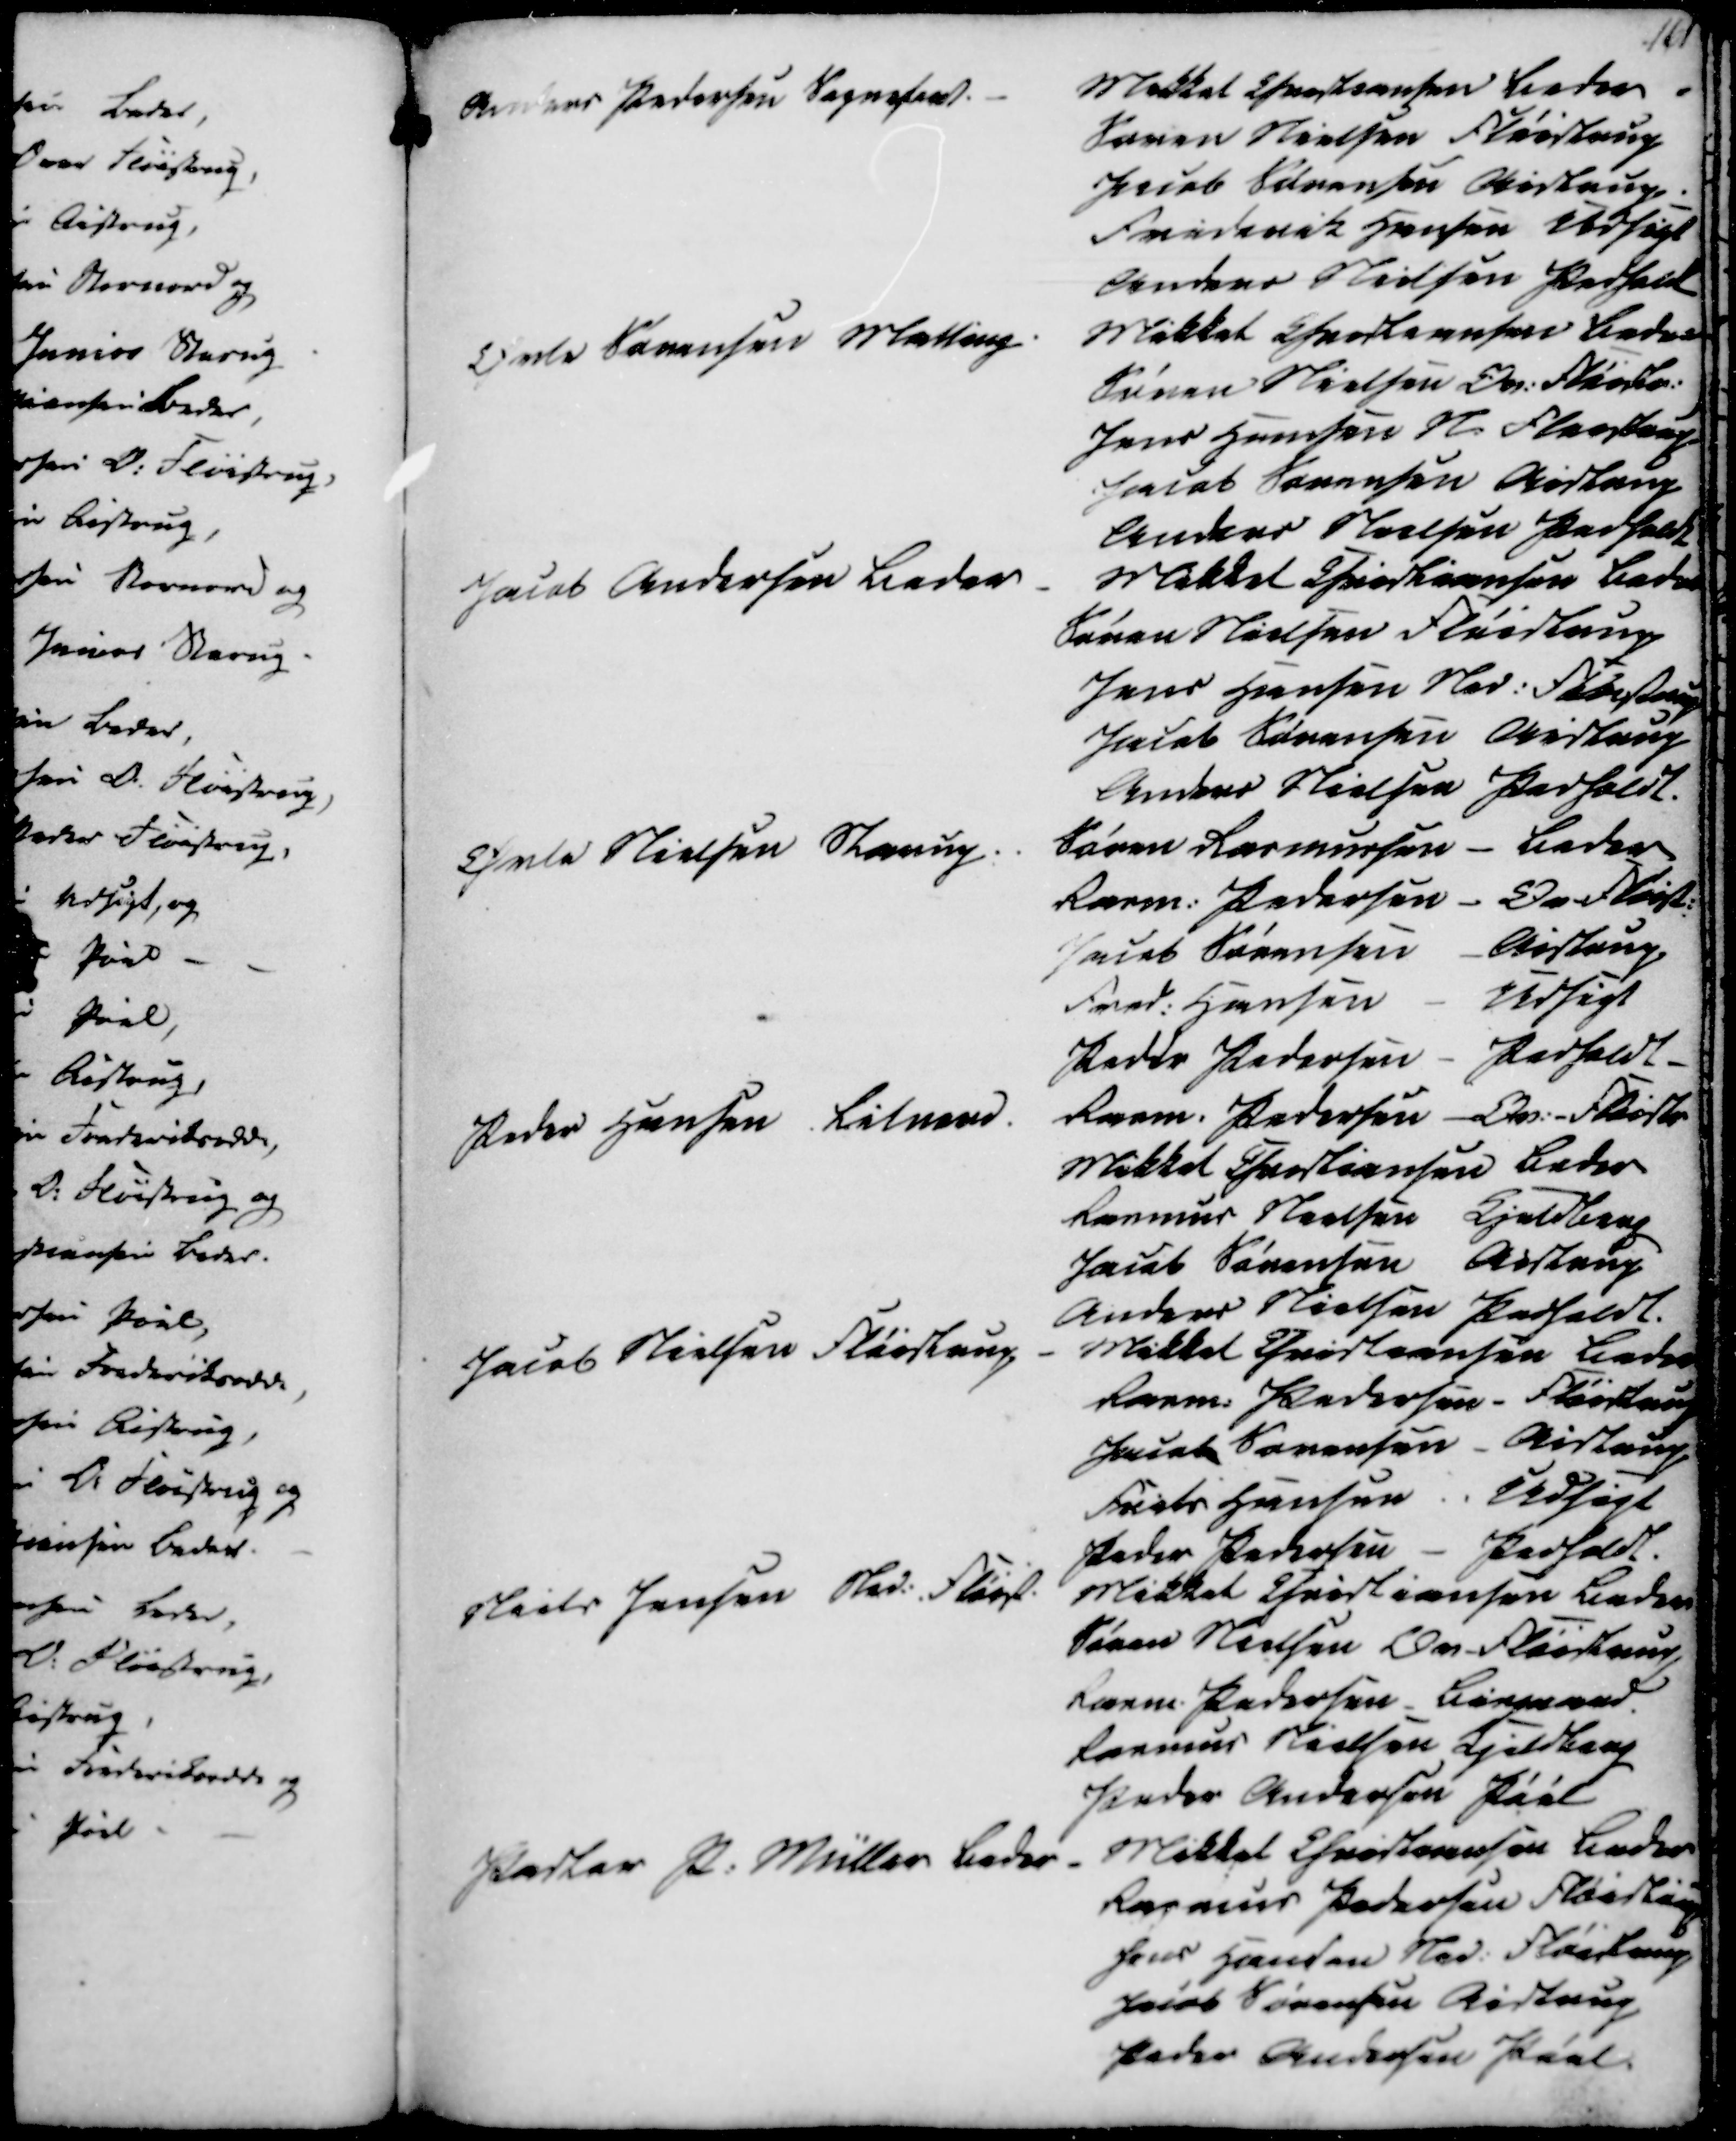
Transskription:
Anders Pedersen Sogneforst.
Mikkel Christiansen Beder
Søren Nielsen Fløistrup
Jacob Sørensen Aistrup
Frederik Hansen Udsigt
Anders Nielsen Pedholdt
Orla Sørensen Malling
Mikkel Christiansen Beder
Søren Nielsen Ov. Fløistr.
Jens Hansen N. Fløistrup
Jacob Sørensen Aistrup
Anders Nielsen Pedholdt
Jacob Andersen Beder
Mikkel Christiansen Beder
Søren Nielsen Fløistrup
Jens Hansen Ned. Fløistrup
Jacob Sørensen Aistrup
Anders Nielsen Pedholdt.
Øvle Nielsen Starup
Søren Rasmussen - Beder
Rasm. Pedersen - Ov. Fløistr.
Jacob Sørensen - Aistrup
Fred. Hansen - Udsigt
Peder Pedersen - Pedholdt.

Peder Hansen Lilnord.
Rasm. Pedersen - Ov.-Fløistr
Mikkel Christiansen Beder
Rasmus Nielsen Kjeldrup
Jacob Sørensen Aistrup
Anders Nielsen Pedholdt.
Jacob Nielsen Fløistrup
Mikkel Christiansen Beder
Rasm. Pedersen - Fløistrup
Jacob Sørensen - Aistrup
Frits Hansen .. Udsigt
Peder Pedersen - Pedholdt.
Niels Jensen Ned. Fløist.
Mikkel Christiansen Beder
Søren Nielsen Ov-Fløistrup
Rasm. Pedersen - Bisgaard.
Rasmus Nielsen Kjeldrup
Peder Andersen Pøel
Pastor P. Müller Beder
Mikkel Christiansen Beder
Rasmus Pedersen Fløistrup
Jens Hansen Ned. Fløistrup
Jacob Sørensen Aistrup
Peder Andersen Pøel.